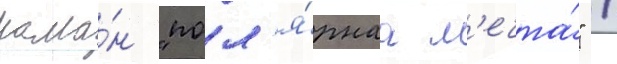
рома́н "пол'я́рнаа м'ечта́" /